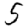
Digit: 5